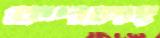
কপলং